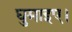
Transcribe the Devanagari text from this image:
घुमाइए।